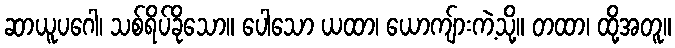
ဆာယူပဂေါ၊ သစ်ရိပ်ခိုသော။ ပေါသော ယထာ၊ ယောကျ်ားကဲ့သို့။ တထာ၊ ထို့အတူ။